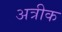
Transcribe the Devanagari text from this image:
अत्रीक